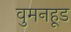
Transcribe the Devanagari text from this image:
वुमनहूड